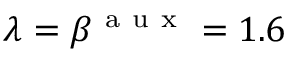
\lambda = \beta ^ { \mathrm { ~ a ~ u ~ x ~ } } = 1 . 6